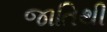
જાતિથી